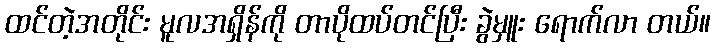
ထင်တဲ့အတိုင်း မူလအရှိန်ကို တာပိုထပ်တင်ပြီး ခွဲမှူး ရောက်လာ တယ်။